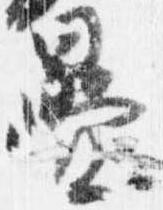
畳